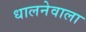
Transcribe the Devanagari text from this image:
धालनेवाला